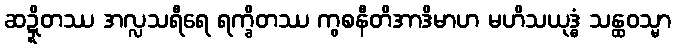
ဆဍ္ဍိတဿ အလ္လသရီရေ ရက္ခိတဿ ကွစနီတိအာဒိမာဟ မဟိသယုဒ္ဓံ သန္ထဝသ္မာ